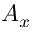
A _ { x }